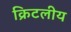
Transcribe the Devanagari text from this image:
क्रिटलीय